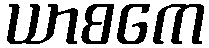
ယာစကေ